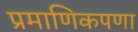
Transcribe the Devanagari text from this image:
प्रमाणिकपणा